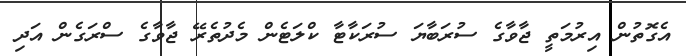
އެގޮތުން އިރުމަތީ ޖާވާގެ ސުރަބާޔަ ސުރަކާޓާ ކްލަޓެން މެދުތެރޭ ޖާވާގެ ސްރަގެން އަދި